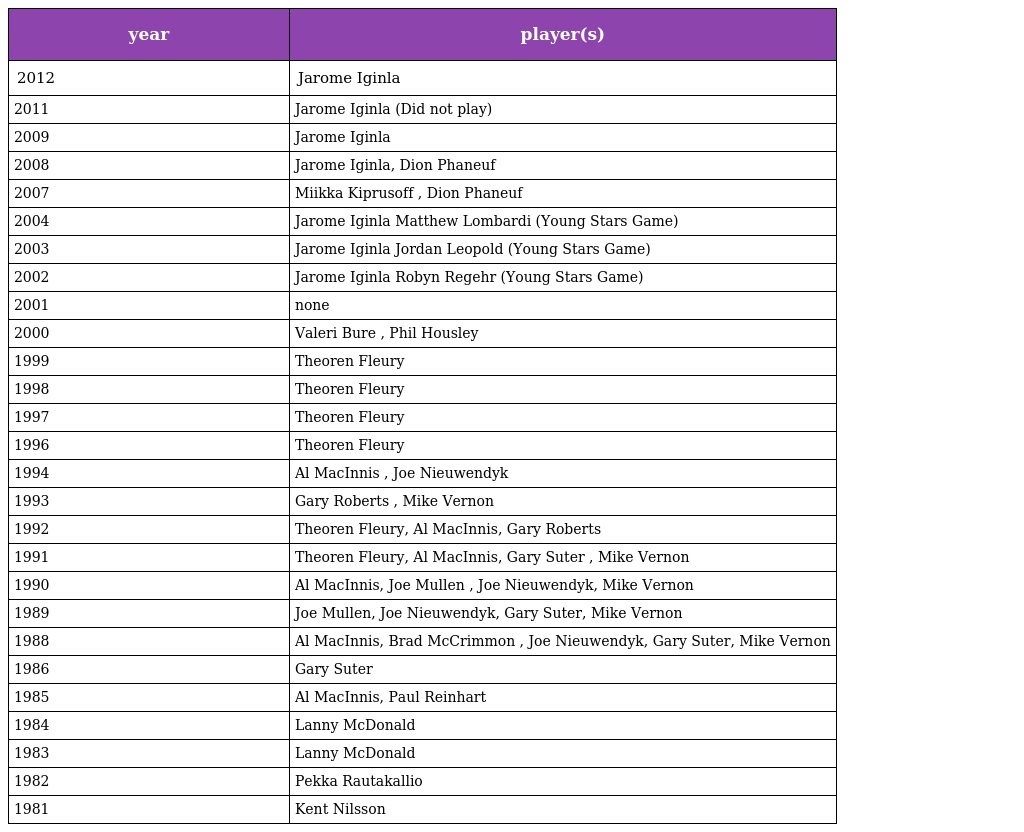
| year | player(s) |
 | --- | --- |
 | 2012 | Jarome Iginla |
 | 2011 | Jarome Iginla (Did not play) |
 | 2009 | Jarome Iginla |
 | 2008 | Jarome Iginla, Dion Phaneuf |
 | 2007 | Miikka Kiprusoff , Dion Phaneuf |
 | 2004 | Jarome Iginla Matthew Lombardi (Young Stars Game) |
 | 2003 | Jarome Iginla Jordan Leopold (Young Stars Game) |
 | 2002 | Jarome Iginla Robyn Regehr (Young Stars Game) |
 | 2001 | none |
 | 2000 | Valeri Bure , Phil Housley |
 | 1999 | Theoren Fleury |
 | 1998 | Theoren Fleury |
 | 1997 | Theoren Fleury |
 | 1996 | Theoren Fleury |
 | 1994 | Al MacInnis , Joe Nieuwendyk |
 | 1993 | Gary Roberts , Mike Vernon |
 | 1992 | Theoren Fleury, Al MacInnis, Gary Roberts |
 | 1991 | Theoren Fleury, Al MacInnis, Gary Suter , Mike Vernon |
 | 1990 | Al MacInnis, Joe Mullen , Joe Nieuwendyk, Mike Vernon |
 | 1989 | Joe Mullen, Joe Nieuwendyk, Gary Suter, Mike Vernon |
 | 1988 | Al MacInnis, Brad McCrimmon , Joe Nieuwendyk, Gary Suter, Mike Vernon |
 | 1986 | Gary Suter |
 | 1985 | Al MacInnis, Paul Reinhart |
 | 1984 | Lanny McDonald |
 | 1983 | Lanny McDonald |
 | 1982 | Pekka Rautakallio |
 | 1981 | Kent Nilsson |